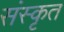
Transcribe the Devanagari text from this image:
संस्‍कृत